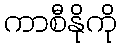
ကာစီနိုကို